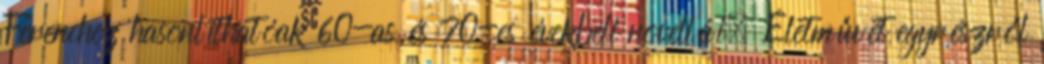
Ferenchez hasonlíthatóak 60-as és 70-es évekbeli novellái. Életművét egyrészről